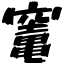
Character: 竃